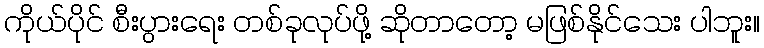
ကိုယ်ပိုင် စီးပွားရေး တစ်ခုလုပ်ဖို့ ဆိုတာတော့ မဖြစ်နိုင်သေး ပါဘူး။